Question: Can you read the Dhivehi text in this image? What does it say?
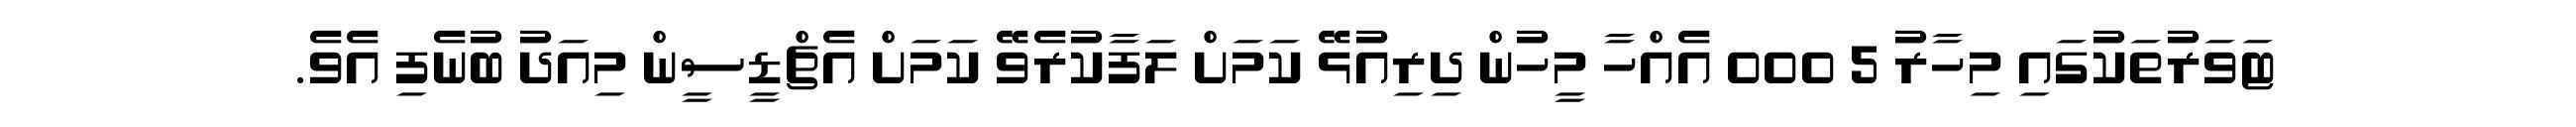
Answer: ޓަވަރުތަކުގައި މިހާރު 5 000 އެއްހާ މީހުން ދިރިއުޅޭ ކަމަށް ލަފާކުރެވޭ ކަމަށް އެޗްޑީސީން މިއަދު ބުނެފި އެވެ.